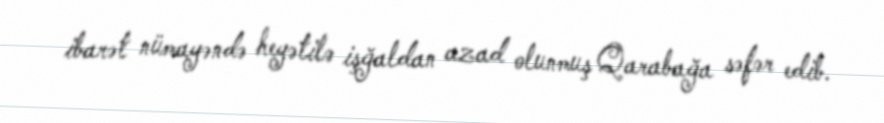
ibarət nümayəndə heyətilə işğaldan azad olunmuş Qarabağa səfər edib.